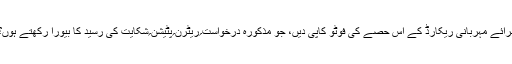
برائے مہربانی ریکارڈ کے اس حصے کی فوٹو کاپی دیں، جو مذکورہ درخواست؍ریٹرن؍پٹیشن؍شکایت کی رسید کا بیورا رکھتے ہوں؟